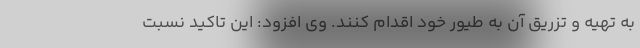
به تهیه و تزریق آن به طیور خود اقدام کنند. وی افزود: این تاکید نسبت